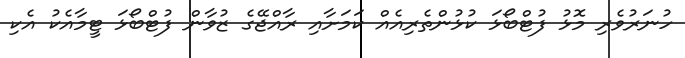
ހުނަރުވެރި މޮޅު ފުޓްބޯޅަ ކުޅުންތެރިއެއް ކަމަށާއި ރާއްޖޭގެ ޒުވާން ފުޓްބޯޅަ ޓީމާއެކު އެކި